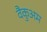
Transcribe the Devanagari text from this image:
वैकुअम